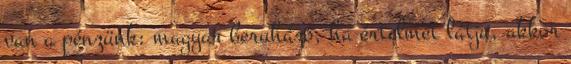
van a pénzünk: magyar beruházó, ha értelmét látja, akkor